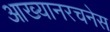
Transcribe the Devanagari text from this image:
आख्यानरचनेस